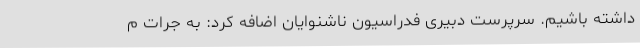
داشته باشیم. سرپرست دبیری فدراسیون ناشنوایان اضافه کرد: به جرات م